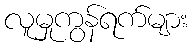
လူမှုကွန်ရက်များ